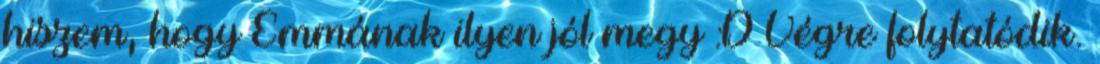
hiszem, hogy Emmának ilyen jól megy :D Végre folytatódik.